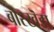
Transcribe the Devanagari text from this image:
बॊरखॆडा